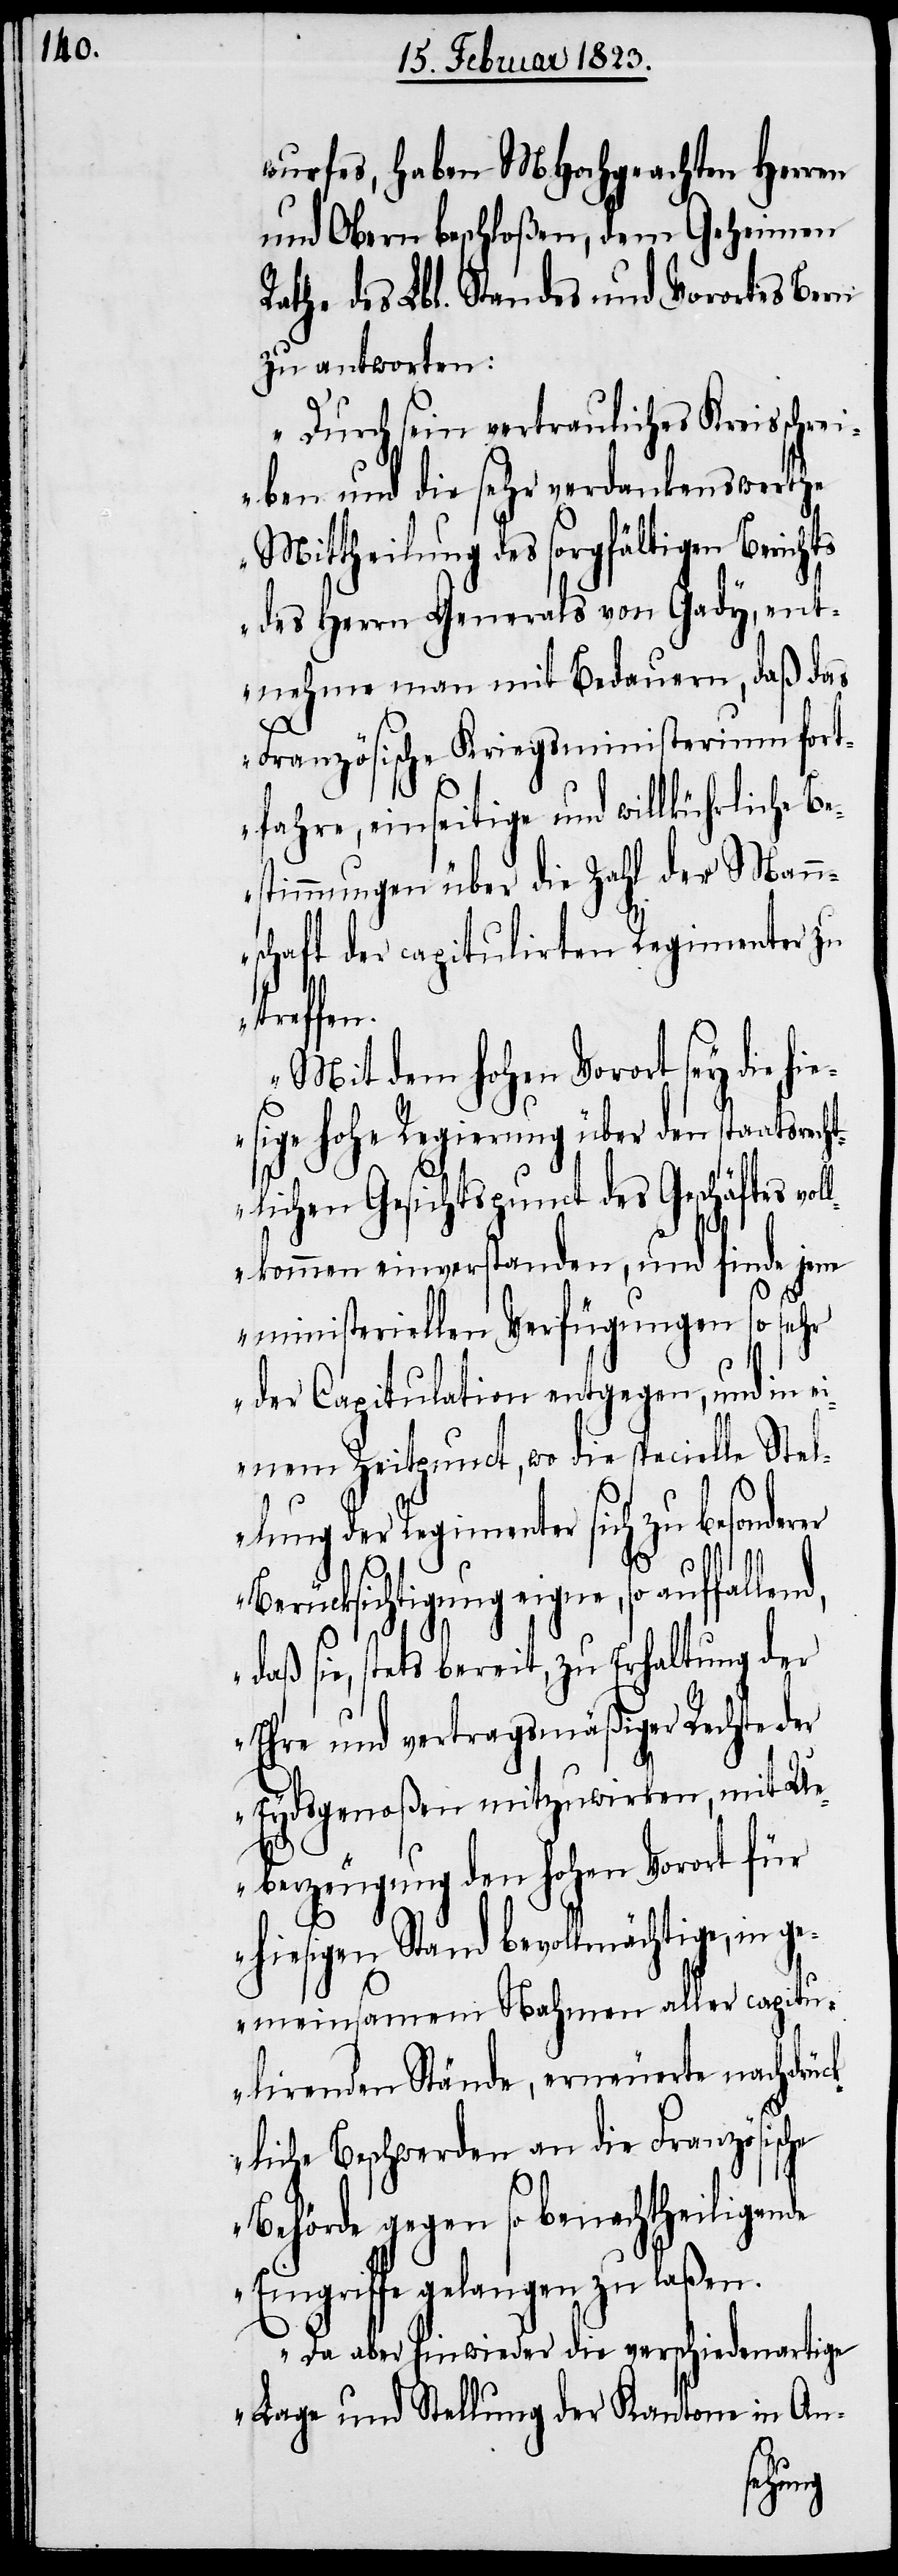
wurfes, haben MHochgeachten Herren
und Obern beschloßen, dem Geheimen
Rathe des Lbl. Standes und Vorortes Bern
zu antworten:
„Durch sein vertrauliches Kreisschrei¬
ben und die sehr verdankenswerthe
Mittheilung des sorgfältigen Berichts
des Herrn Generals von Gady, ent¬
nehme man mit Bedauern, daß das
Französische Kriegsministerium fort¬
fahre, einseitige und willkührliche B¬
estimmungen über die Zahl der Mann¬
schaft der capitulirten Regimenter zu
sonderer
Mit dem hohen Vorort sey die hi¬
esige hohe Regierung über den staatsrec¬
htlichen Gesichtspunct des Geschäftes vol¬
lkommen einverstanden, und finde jene
ministeriellen Verfügungen so sehr
der Capitulation entgegen, und in e¬
inem Zeitpunct, wo die specielle Stel¬
lung der Regimenter sich zu be¬
Berücksichtigung eigne, so auffallend,
daß sie, stets bereit, zu Erhaltung der
Ehre und vertragsmäßiger Rechte der
Eydsgenoßen mitzuwirken, mit Ue¬
berzeugung den hohen Vorort für
hiesigen Stand bevollmächtige, in ge¬
meinsamem Nahmen aller capitu¬
lirenden Stände, erneuerte nachdrüc¬
kliche Beschwerden an die Französische
Behörde gegen so benachtheiligende
Eingriffe gelangen zu laßen.
Da aber hinwieder die verschiedenartige
Lage und Stellung der Kantone in An-